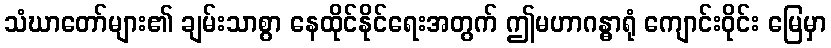
သံဃာတော်များ၏ ချမ်းသာစွာ နေထိုင်နိုင်ရေးအတွက် ဤမဟာဂန္ဓာရုံ ကျောင်းဝိုင်း မြေမှာ